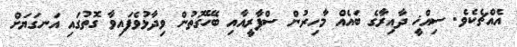
އެއްޗެކެވެ. ސިއްޚީ ދާއިރާގެ ބައެއް މާހިރުން ސްޕާރީއާއި ބެހޭގޮތުން ވިދާޅުވެފައިވާ ގޮތުގައި އަނގަޔަށް